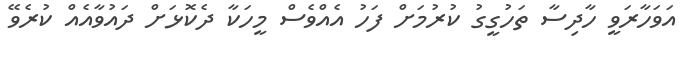
އަވަހާރަވީ ހާދިސާ ތަހުގީގު ކުރުމަށް ފަހު އެއްވެސް މީހަކާ ދެކޮޅަށް ދައުވާއެއް ކުރެވޭ